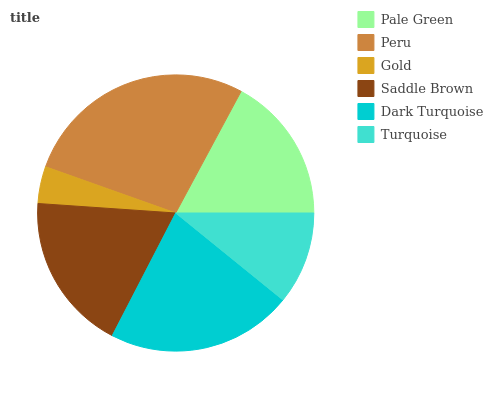
| Pale Green | Peru | Gold | Saddle Brown | Dark Turquoise | Turquoise |
 | --- | --- | --- | --- | --- | --- |
 | 17.2% | 27.4% | 4.34% | 18.5% | 21.8% | 10.9% |